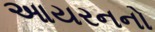
આયરનનો